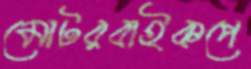
মোটরবাইকপে